Annual administration and progress report of the Indian Medical Department, Bombay
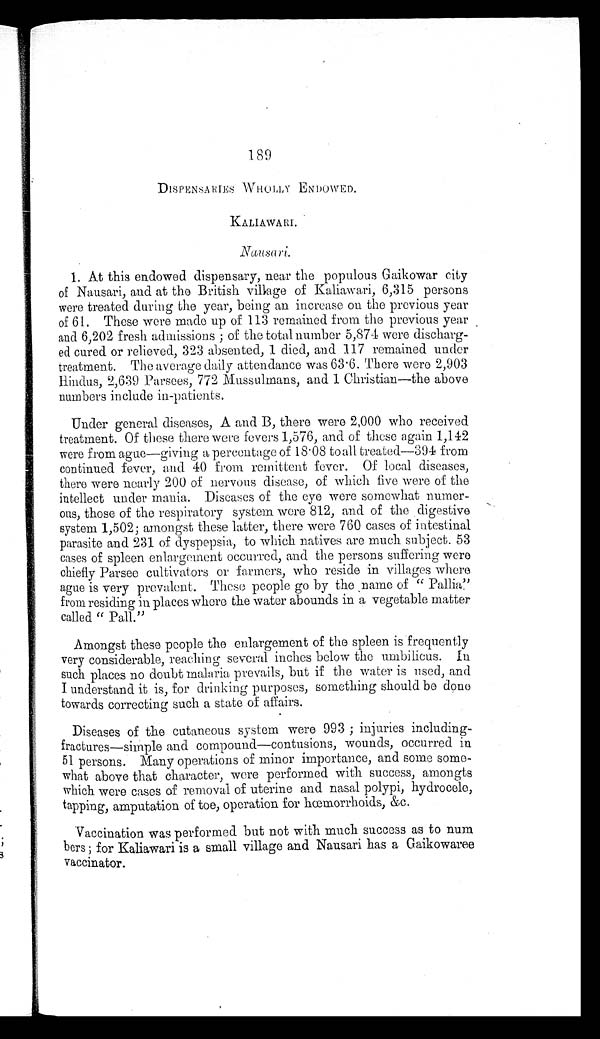
189
D I S P E N S A R I E S W H O L L Y E N D O W E D .
KALIAWARI.
Nausari .
1. At this endowed dispensary, near the populous Gaikowar city
of Nausari, and at the British village of Kaliawari, 6,315 persons
were treated during the year, being an increase on the previous year
of 61. These were made up of 113 remained from the previous year
and 6,202 fresh admissions; of the total number 5,874 were discharg
- e d c u r e d o r r e l i e v e d , 3 2 3 a b s e n t e d , 1 d i e d , a n d 1 1 7 r e m a i n e d u n d e r
treatment. The average daily attendance was 63.6. There were 2,903
Hindus, 2,639 Parsees, 772 Mussulmans, and 1 Christian—the above
numbers include in-patients.
Under general diseases, A and B, there were 2,000 who received
treatment. Of these there were fevers 1,576, and of these again 1,142
were from ague—giving a percentage of 18.08 to all treated-394 from
continued fever, and 40 from remittent fever. Of local diseases,
there were nearly 200 of nervous disease, of which five were of the
intellect under mania. Diseases of the eye were somewhat numer
- o u s , t h o s e o f t h e r e s p i r a t o r y s y s t e m w e r e 8 1 2 , a n d o f t h e d i g e s t i v e
system 1,502; amongst these latter, there were 760 cases of intestinal
parasite and 231 of dyspepsia, to which natives are much subject. 53
cases of spleen enlargement occurred, and the persons suffering were
chiefly Parsee cultivators or farmers, who reside in villages where
ague is very prevalent. These people go by the name of "
P a l l i a . " f r o m r e s i d i n g i n p l a c e s w h e r e t h e w a t e r a b o u n d s i na
v e g e t a b l e m a t t e r
called "Pall."
Amongst these people the enlargement of the spleen is frequently
very considerable, reaching several inches below the umbilicus. In
such places no doubt malaria prevails, but if the water is used, and
I understand it is, for drinking purposes, something should be done
towards correcting such a state of affairs.
Diseases of the cutaneous system were 993; injuries including
- f r a c t u r e s — s i m p l e a n d c o m p o u n d — c o n t u s i o n s , w o u n d s , o c c u r r e d i n
51 persons. Many operations of minor importance, and some som
e - w h a t a b o v e t h a t c h a r a c t e r , w e r e p e r f o r m e d w i t h s u c c e s s , a m o n g t s
which were cases of removal of uterine and nasal polypi, hydrocele,
tapping, amputation of toe, operation for hœmorrhoids, &c.
Vaccination was performed but not with much success as to num
bers; for Kaliawari is a small village and Nausari has a Gaikowaree
vaccinator.